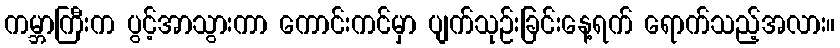
ကမ္ဘာကြီးက ပွင့်အာသွားကာ ကောင်းကင်မှာ ပျက်သုဉ်းခြင်းနေ့ရက် ရောက်သည့်အလား။